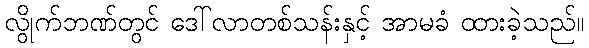
လွိုက်ဘဏ်တွင် ဒေါ်လာတစ်သန်းနှင့် အာမခံ ထားခဲ့သည်။